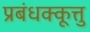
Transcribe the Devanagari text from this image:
प्रबंधक्कूत्तु